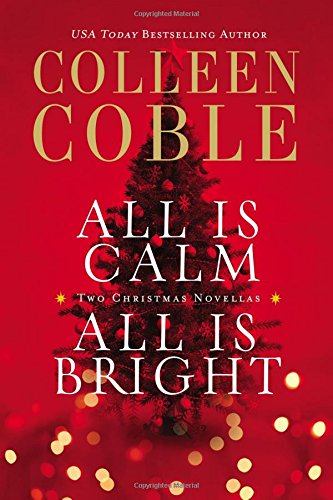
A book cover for All Is Calm, All Is Bright: A Colleen Coble Christmas Collection; Colleen Coble; Romance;